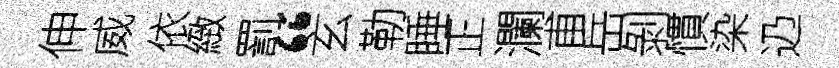
伸威依緻罰“玄勒睡正瀾甫岳剝慣染辸